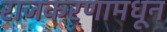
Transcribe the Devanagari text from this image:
राजकरणामधून